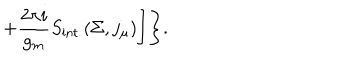
LaTeX: + \frac { 2 \pi i } { g _ { m } } S _ { \mathrm { i n t . } } ( \Sigma , j _ { \mu } ) \Biggr ] \Biggr \} .